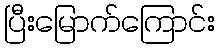
ပြီးမြောက်ကြောင်း